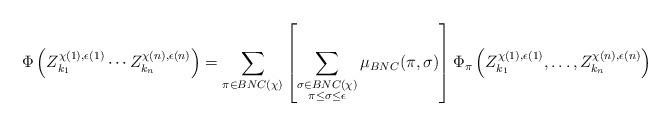
LaTeX: \begin{align*}\Phi\left(Z^{\chi(1), \epsilon(1)}_{k_1} \cdots Z^{\chi(n), \epsilon(n)}_{k_n}\right) = \sum_{ \pi \in BNC(\chi) } \left[ \sum_{\substack{\sigma \in BNC(\chi) \\ \pi \leq \sigma \leq \epsilon }} \mu_{BNC}(\pi, \sigma) \right] \Phi_\pi\left(Z^{\chi(1), \epsilon(1)}_{k_1}, \ldots, Z^{\chi(n), \epsilon(n)}_{k_n} \right) \end{align*}